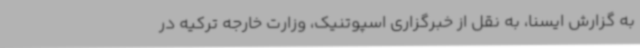
به گزارش ایسنا، به نقل از خبرگزاری اسپوتنیک، وزارت خارجه ترکیه در